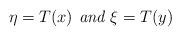
LaTeX: \begin{align*}\eta = T(x) \textit{ and } \xi = T(y)\end{align*}